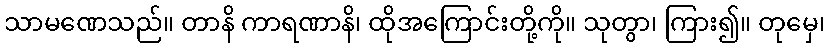
သာမဏေသည်။ တာနိ ကာရဏာနိ၊ ထိုအကြောင်းတို့ကို။ သုတွာ၊ ကြား၍။ တုမှေ၊